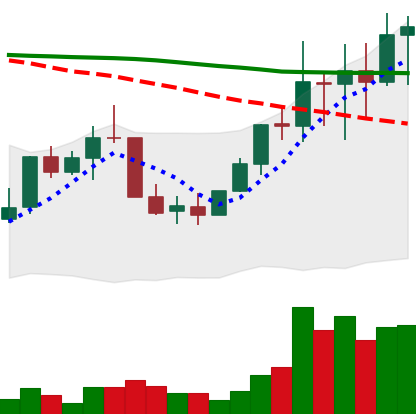
Ticker: LINK-USD
Chart end date: 2022-01-10
Forward return: -9.434%
Label: down_7plus